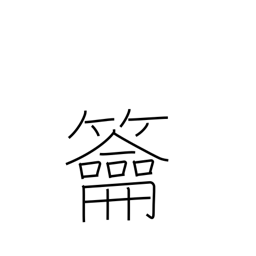
Meaning: three-holed flute